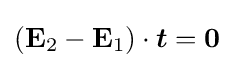
(\mathbf {E} _{2}-\mathbf {E} _{1})\cdot {\boldsymbol {t}}=\mathbf {0}